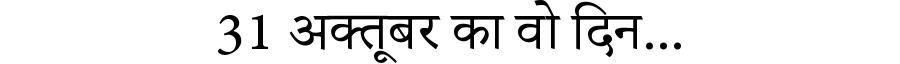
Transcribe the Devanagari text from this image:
31 अक्तूबर का वो दिन...